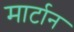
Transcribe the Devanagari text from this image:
मार्टान